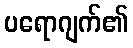
ပရောဂျက်၏